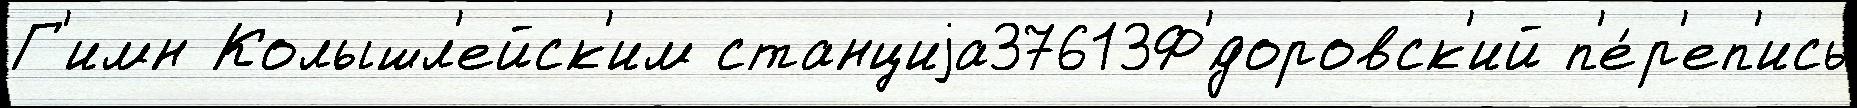
Г'имн Колышл'ейск'им станциjа37613Ф'́доровск'ий п'е́р'еп'ись